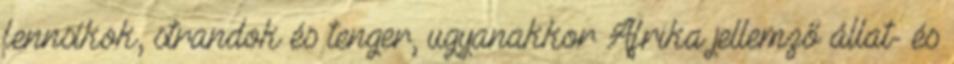
fennsíkok, strandok és tenger, ugyanakkor Afrika jellemző állat- és